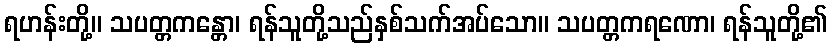
ရဟန်းတို့။ သပတ္တကန္တော၊ ရန်သူတို့သည်နှစ်သက်အပ်သော။ သပတ္တကရဏော၊ ရန်သူတို့၏